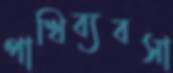
পাখিব্যবসা